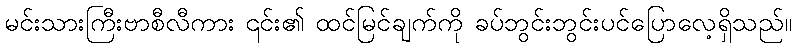
မင်းသားကြီးဗာစီလီကား ၎င်း၏ ထင်မြင်ချက်ကို ခပ်ဘွင်းဘွင်းပင်ပြောလေ့ရှိသည်။